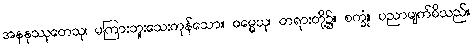
အနနုဿုတေသု၊ မကြားဘူးသေးကုန်သော။ ဓမ္မေသု၊ တရားတို့၌။ စက္ခုံ၊ ပညာမျက်စိသည်။